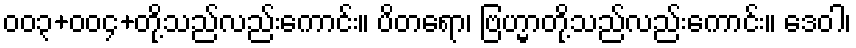
၀၀၃+၀၀၄+တို့သည်လည်းကောင်း။ ပိတရော၊ ဗြဟ္မာတို့သည်လည်းကောင်း။ ဒေဝါ၊